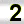
Digit: 2